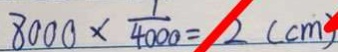
8 0 0 0 \times \frac { 1 } { 4 0 0 0 } = 2 ( c m )